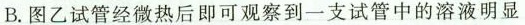
B.图乙试管经微热后即可观察到一支试管中的溶液明显